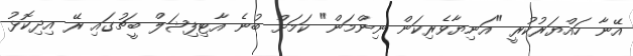
އޭނާ ހައްޔަރުކުރީ "އަނިޔާވެރިކަން ނިންމަން" ކަމަށް ބުނެ އާޓިފިޝަލް ބީޗުގައި ރޭ އިދިކޮޅު